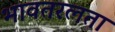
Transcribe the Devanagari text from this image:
भावतरलता